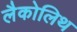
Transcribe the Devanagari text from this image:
लैकोलिथ